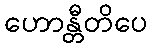
ဟောန္တီတိပေ